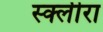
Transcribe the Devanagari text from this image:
स्क्लीरा